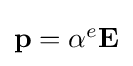
{\textstyle \mathbf {p} =\alpha ^{e}\mathbf {E} }